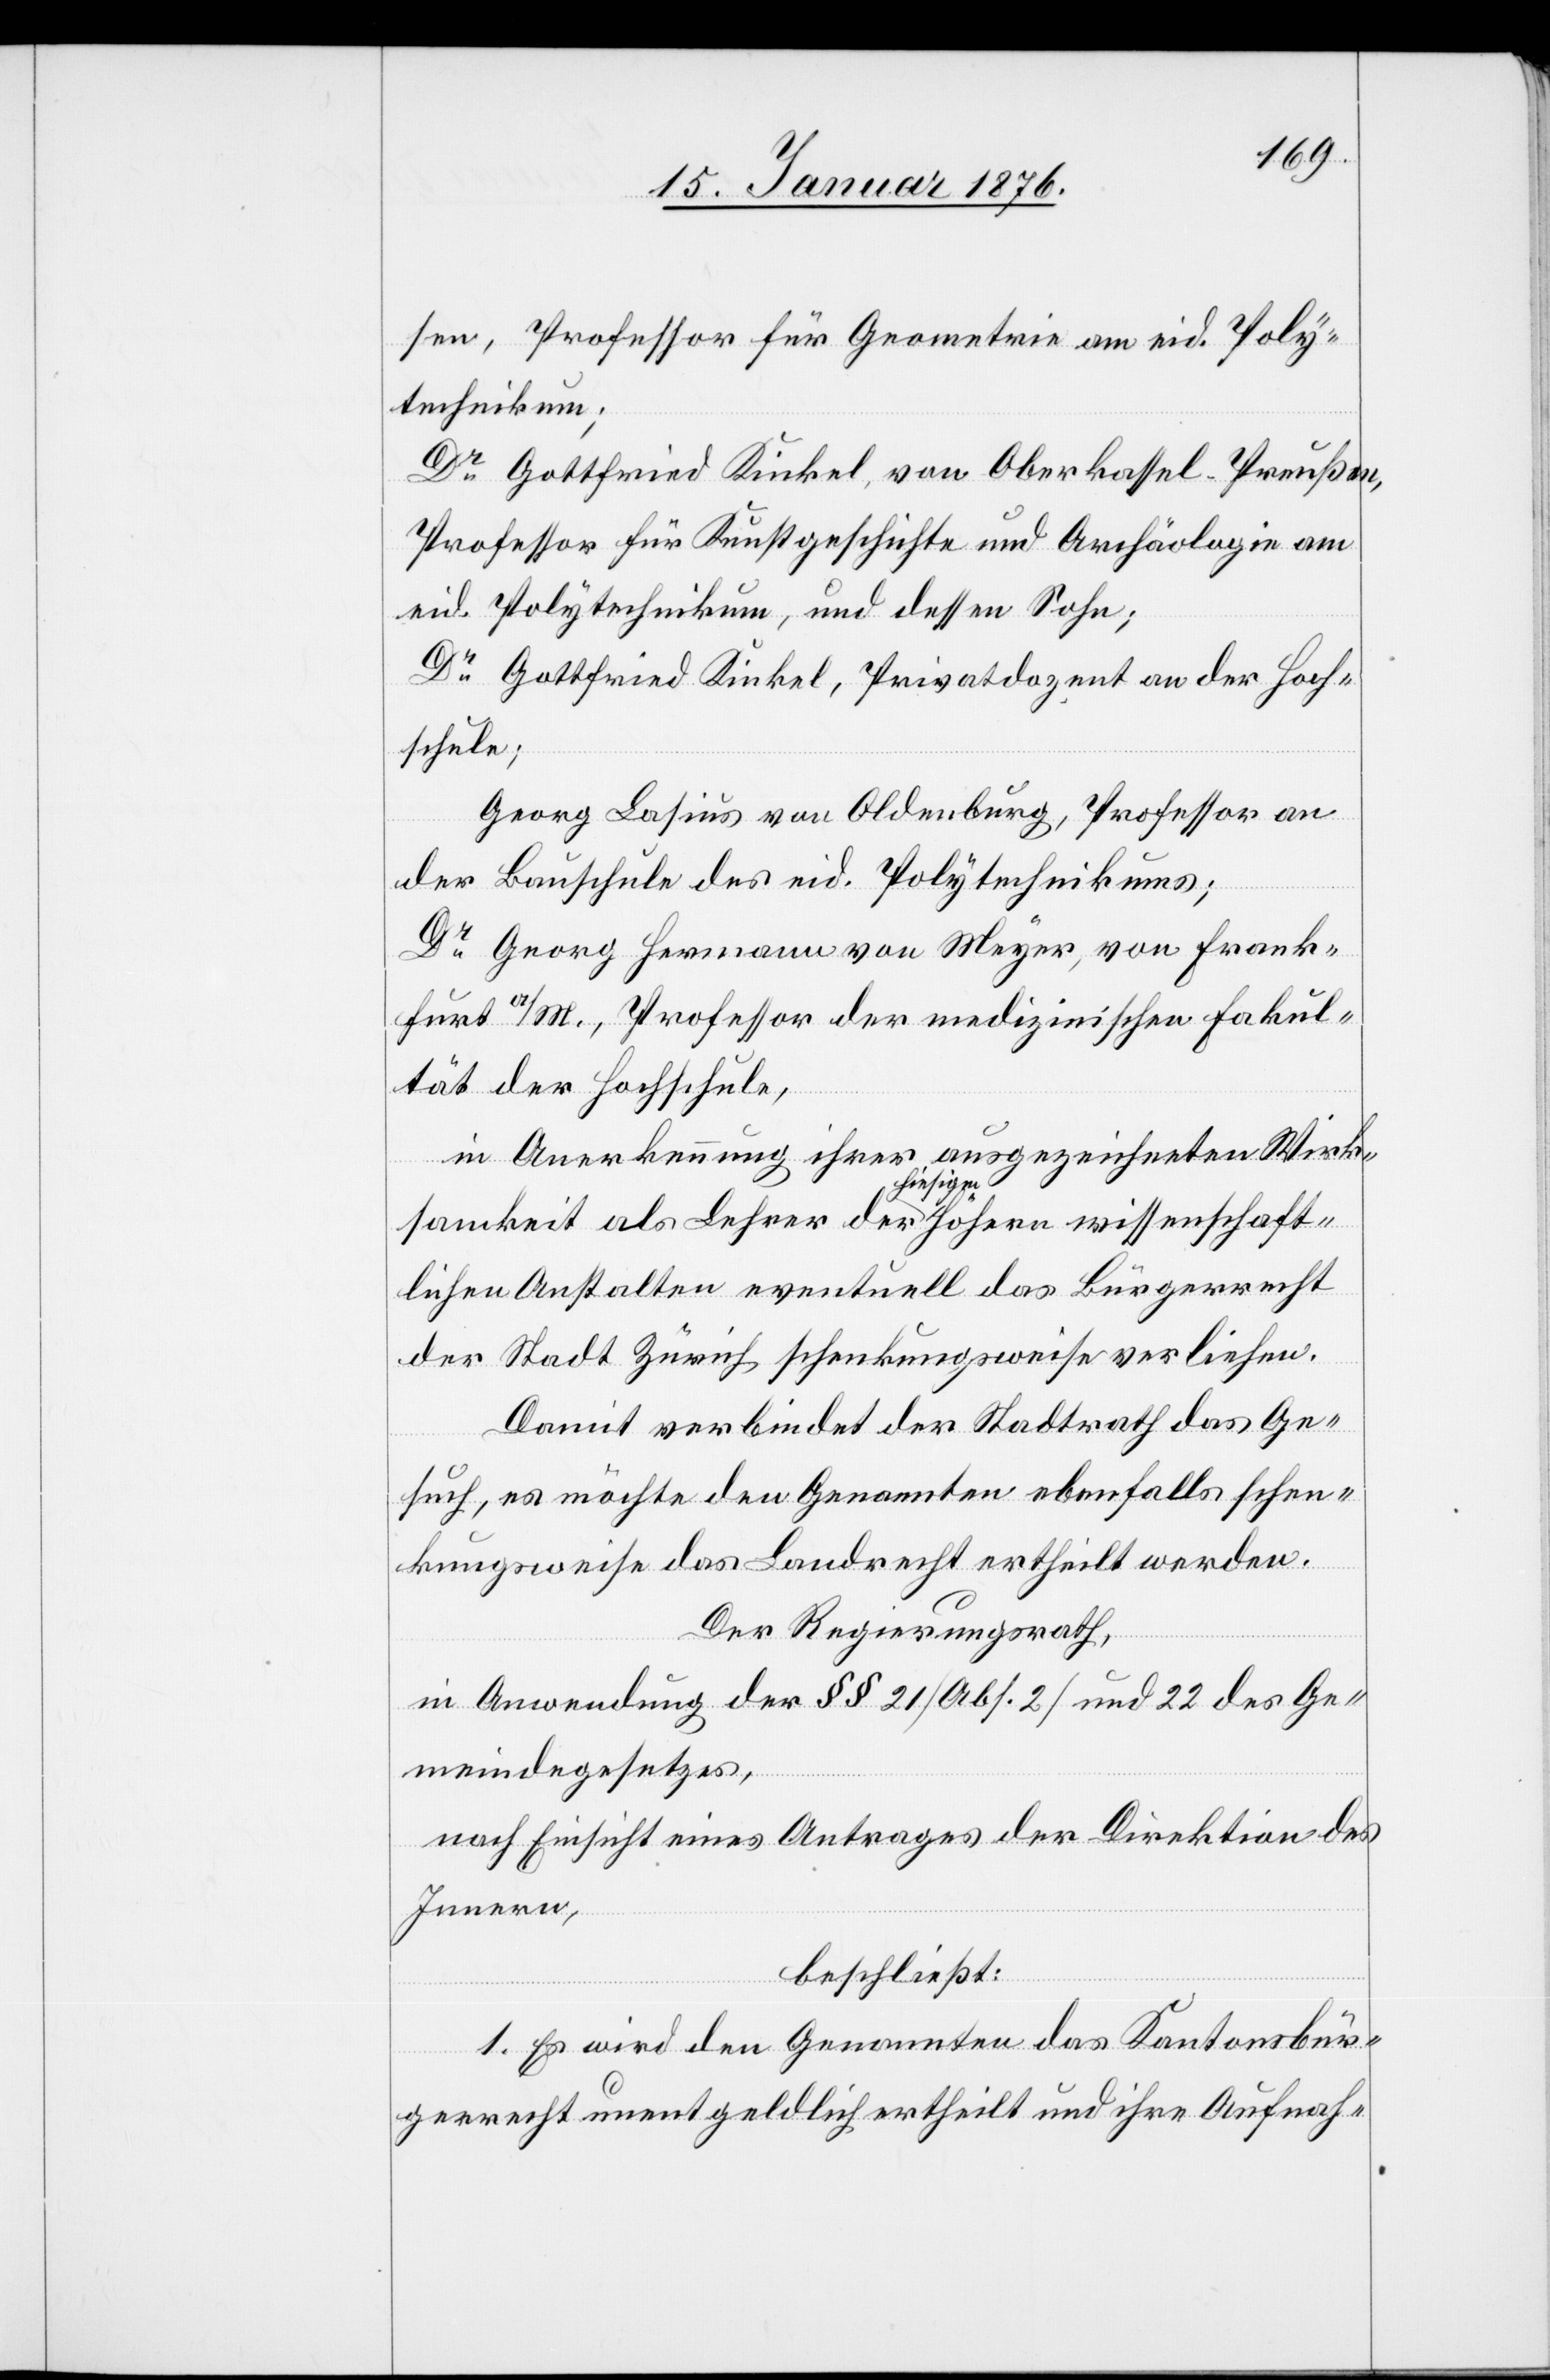
sen, Professor für Geometrie am eid. Poly¬
technikum;
Dr. Gottfried Kinkel, von Oberkassel – Preußen,
Professor für Kunstgeschichte und Archäologie am
eid. Polytechnikum, und dessen Sohn;
Dr. Gottfried Kinkel, Privatdozent an der Hoch¬
schule;
Georg Lasius von Oldenburg, Professor an
der Bauschule des eid. Polytechnikums,
Dr. Georg Hermann von Meyer, von Frank¬
furt a/M., Professor der medizinischen Fakul¬
tät der Hochschule,
in Anerkennung ihrer ausgezeichneten Wirk¬
samkeit als Lehrer der hiesigen höhern wissenschaft¬
lichen Anstalten eventuell das Bürgerrecht
der Stadt Zürich schenkungsweise verliehen.
Damit verbindet der Stadtrath das Ge¬
such, es möchte den Genannten ebenfalls schen¬
kungsweise das Landrecht ertheilt werden.
Der Regierungsrath,
in Anwendung der §§ 21 [Abs. 2] und 22 des Ge¬
meindegesetzes,
nach Einsicht eines Antrages der Direktion des
Innern,
beschließt:
1. Es wird den Genannten das Kantonsbür¬
gerrecht unentgeldlich ertheilt und ihre Aufnah-